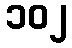
၁၀၂